Report of the Municipal Commissioner on the plague in Bombay for the year ending 31st May... - Volume 3
Disease focus: Plague
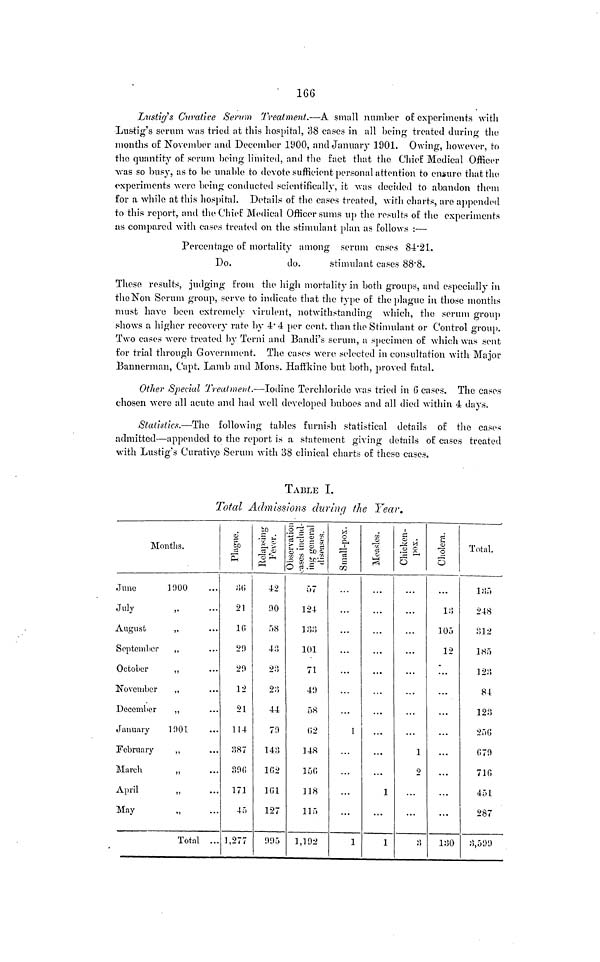
166
Lustig's Curative Serum Treatment.—A small number of experiments with
Lustig's serum was tried at this hospital, 38 cases in all being treated during the
months o£ November and December 1900, and January 1901. Owing, however, to
the quantity of serum being limited, and the fact that the Chief Medical Officer
was so busy, as to be unable to devote sufficient personal attention to ensure that the
experiments were being conducted scientifically, it was decided to abandon them
for a while at this hospital. Details of the cases treated, with charts, are appended
to this report, and the Chief Medical Officer sums up the results of the experiments
as compared with cases treated on the stimulant plan as follows :—
Percentage of mortality among serum cases 84·21.
Do.
do.
stimulant cases 88·8.
These results, judging from the high mortality in both groups, and especially in
the Non Serum group, serve to indicate that the type of the plague in those months
must have been extremely virulent, notwithstanding which, the serum group
shows a higher recovery rate by 4·4 per cent. than the Stimulant or Control group.
Two cases were treated by Terni and Bandi's serum, a specimen of which was sent
for trial through Government. The cases were selected in consultation with Major
Bannerman, Capt. Lamb and Mons. Haffkine but both, proved fatal.
Other Special Treatment.—Iodine Terchloride was tried in G cases. The cases
chosen were all acute and had well developed buboes and all died within 4 days.
Statistics.—The following tables furnish statistical details of the cases
admitted—appended to the report is a statement giving details of cases treated
with Lustig's Curative Serum with 38 clinical charts of these cases.
TABLE I.
Total Admissions during the Year.
Months.
June
1000
July
August
„
September
,,
October
,,
November
,,
December
,,
January
1901
February
,,
March
„
April
May
„
Total ..
36
21
16
20
20
12
21
114
387
300
171
45
1,277
42
00
58
43
2:5
23
44
70
143
162
161
127
005
57
124
133
101
71
40
58
(¡2
148
150
118
115
1,102
...
...
...
1
...
...
1
...
...
...
...
1
1
...
...
1
2
...
3
13
105
12
...
...
...
...
130
Total.
135
248
312
185
123
84
123
256
070
710
451
287
3,599